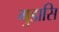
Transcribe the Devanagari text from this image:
गुडासि